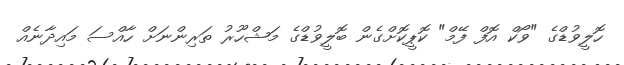
ހޮލީވުޑްގެ "ވޯކް އޮފް ފޭމް" ކޮޕީކޮށްގެން ބޮލީވުޑްގެ މަޝްހޫރު ތަރިންނަށް ހާއްސަ މައިދާނެއް